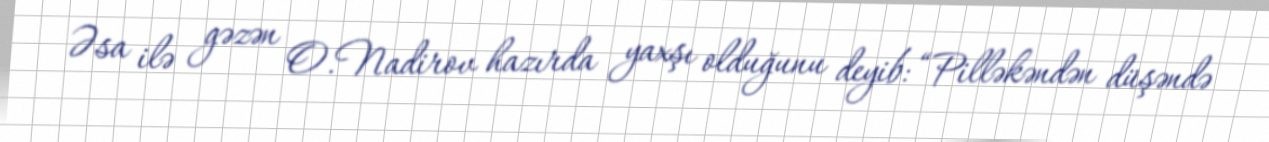
Əsa ilə gəzən O.Nadirov hazırda yaxşı olduğunu deyib: “Pilləkəndən düşəndə